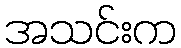
အသင်းက